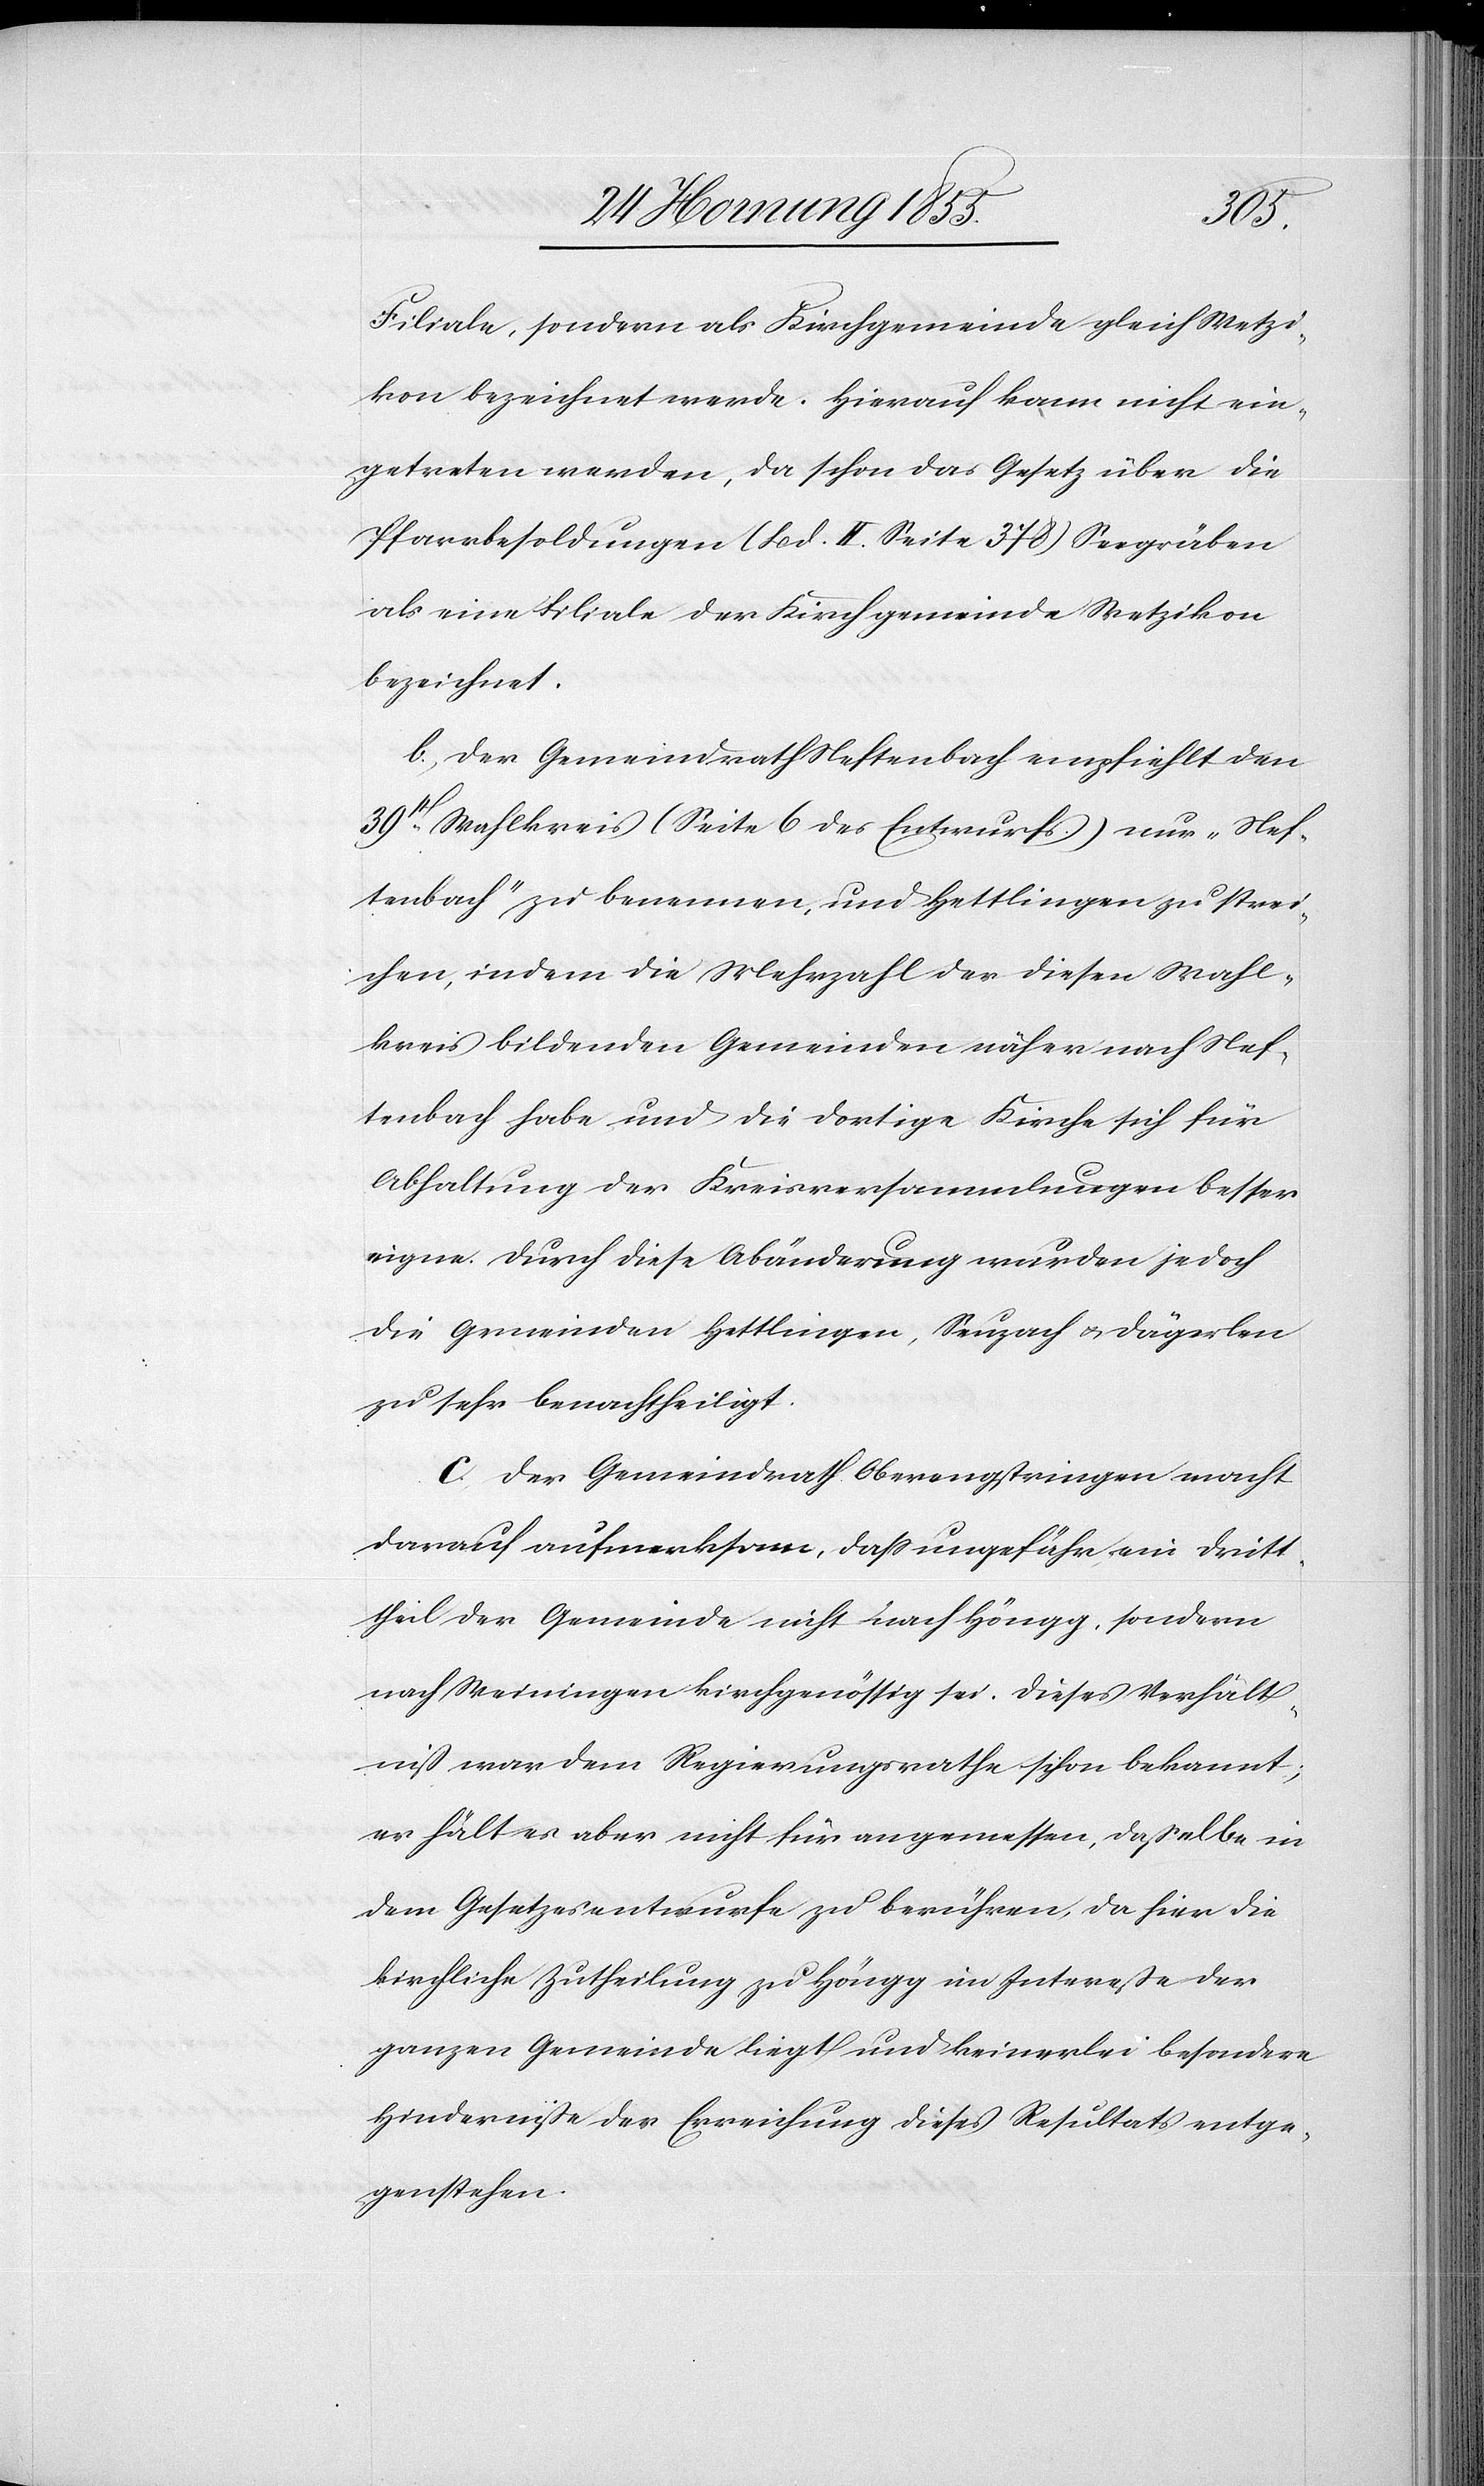
Filiale, sondern als Kirchgemeinde gleich Wetzi¬
kon bezeichnet werde. Hierauf kann nicht ein¬
getreten werden, da schon das Gesetz über die
Pfarrbesoldungen (Bd. II. Seite 378) Seegräben
als eine Filiale der Kirchgemeinde Wetzikon
bezeichnet.
b., Der Gemeindrath Neftenbach empfiehlt den
39t[en] Wahlkreis (Seite 6 des Entwurfs.) nur „Nef¬
tenbach“ zu benennen, und Hettlingen zu strei¬
chen, indem die Mehrzahl der diesen Wahl¬
kreis bildenden Gemeinden näher nach Nef¬
tenbach habe und die dortige Kirche sich für
Abhaltung der Kreisversammlungen besser
eigne. Durch diese Abänderung wurden jedoch
die Gemeinden Hettlingen, Seuzach & Dägerlen
zu sehr benachtheiligt.
c. Der Gemeindrath Oberengstringen macht
darauf aufmerksam, dass ungefähr ein Dritt¬
theil der Gemeinde nicht nach Höngg, sondern
nach Weiningen kirchgenössig sei. Dieses Verhält¬
niß war dem Regierungsrathe schon bekannt;
er hält es aber nicht für angemessen, daßelbe in
dem Gesetzesentwurfe zu berühren, da hier die
kirchliche Zutheilung zu Höngg im Intereße der
ganzen Gemeinde liegt und keinerlei besondere
Hinderniße der Erreichung dieses Resultats entge¬
genstehen.